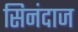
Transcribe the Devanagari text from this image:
सिनंदाज